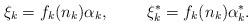
LaTeX: \begin{align*}\xi_{k} = f_{k}(n_{k}) \alpha_{k},~~~~~~~\xi^{*}_{k} =f_{k}(n_{k}) \alpha^{*}_{k}.\end{align*}